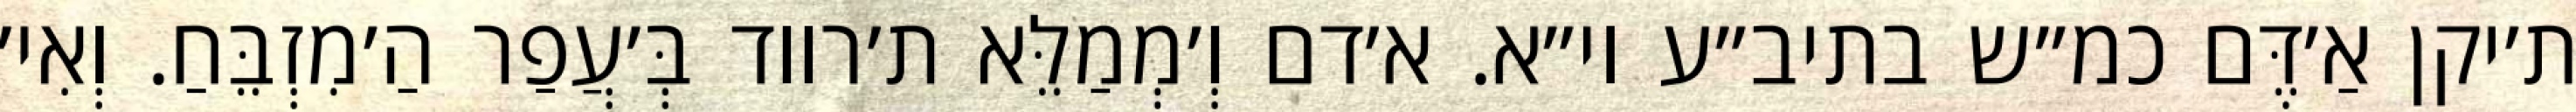
ת׳יקן אַ׳דֶּם כמ״ש בתיב״ע וי״א. א׳דם וְ׳מְמַלֵּא ת׳רווד בְּ׳עֲפַר הַ׳מִזְבֵּחַ. וְאִי׳